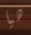
هيا